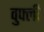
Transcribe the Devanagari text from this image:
वुफ्ली